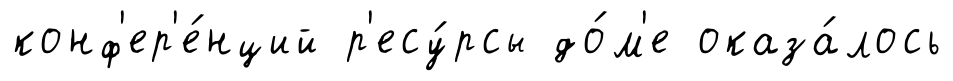
конф'ер'е́нций р'есу́рсы до́м'е оказа́лось